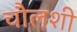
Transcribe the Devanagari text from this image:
चौलशी